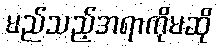
မည်သည့်အရာကိုမဆို